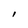
Character: l